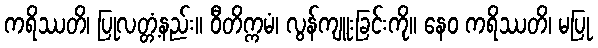
ကရိဿတိ၊ ပြုလတ္တံ့နည်း။ ဝီတိက္ကမံ၊ လွန်ကျူးခြင်းကို။ နေဝ ကရိဿတိ၊ မပြု